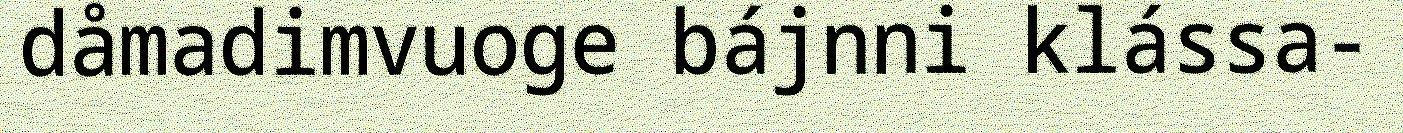
dåmadimvuoge bájnni klássa-